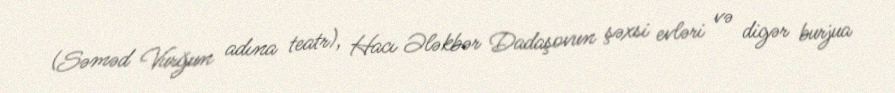
(Səməd Vurğun adına teatr), Hacı Ələkbər Dadaşovun şəxsi evləri və digər burjua